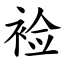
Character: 裣